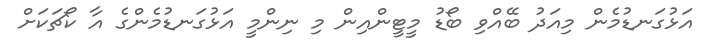
އަޅުގަނޑުމެން މިއަދު ބޭއްވި ބޯޑު މީޓީންއިން މި ނިންމީ އަޅުގަނޑުމެންގެ އާ ކޯޗަކަށް